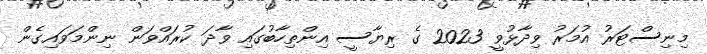
މިނިސްޓަރު އުމަރު ވިދާޅުވީ 2023 ގެ ރިޔާސީ އިންތިހާބުގައި ވާދަ ކުރައްވަން ނިންމަވައިގެން